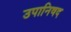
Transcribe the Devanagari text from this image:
उपानिषद